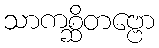
သာကစ္ဆိတဗ္ဗော